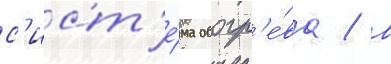
с'ист'е́ма обогр'е́ва / в